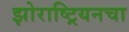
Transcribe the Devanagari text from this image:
झोराष्ट्रियनचा